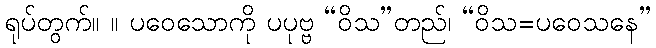
ရုပ်တွက်။ ။ ပဝေသောကို ပပုဗ္ဗ “ဝိသ”တည်၊ “ဝိသ=ပဝေသနေ”